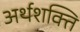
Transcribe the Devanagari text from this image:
अर्थशक्ति